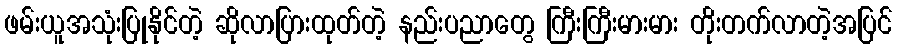
ဖမ်းယူအသုံးပြုနိုင်တဲ့ ဆိုလာပြားထုတ်တဲ့ နည်းပညာတွေ ကြီးကြီးမားမား တိုးတက်လာတဲ့အပြင်